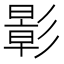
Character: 𪫉